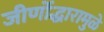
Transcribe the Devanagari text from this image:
जीर्णोद्धारामुळे